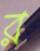
র